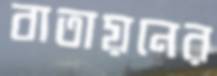
বাতায়নের